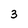
Character: 3